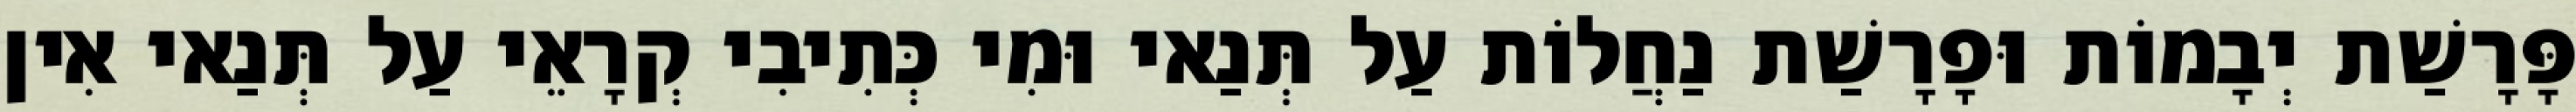
פָּרָשַׁת יְבָמוֹת וּפָרָשַׁת נַחֲלוֹת עַל תְּנַאי וּמִי כְּתִיבִי קְרָאֵי עַל תְּנַאי אִין